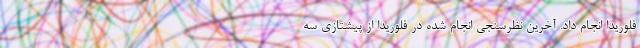
فلوریدا انجام داد. آخرین نظرسنجی انجام شده در فلوریدا از پیشتازی سه